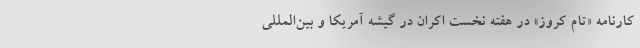
کارنامه «تام کروز» در هفته نخست اکران در گیشه آمریکا و بین‌المللی